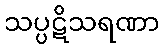
သပ္ပဋိသရဏာ